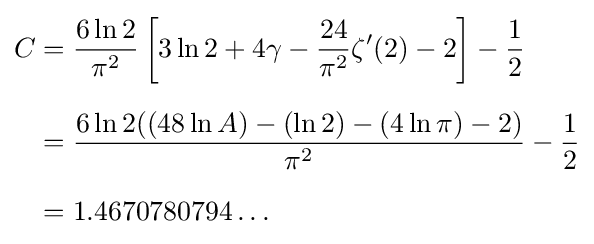
{\begin{aligned}C&={{6\ln 2} \over {\pi ^{2}}}\left[3\ln 2+4\gamma -{{24} \over {\pi ^{2}}}\zeta '(2)-2\right]-{{1} \over {2}}\\[6pt]&={{{6\ln 2}((48\ln A)-(\ln 2)-(4\ln \pi )-2)} \over {\pi ^{2}}}-{{1} \over {2}}\\[6pt]&=1.4670780794\ldots \end{aligned}}